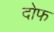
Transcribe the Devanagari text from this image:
दोफ